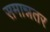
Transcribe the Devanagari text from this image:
समान्नतर